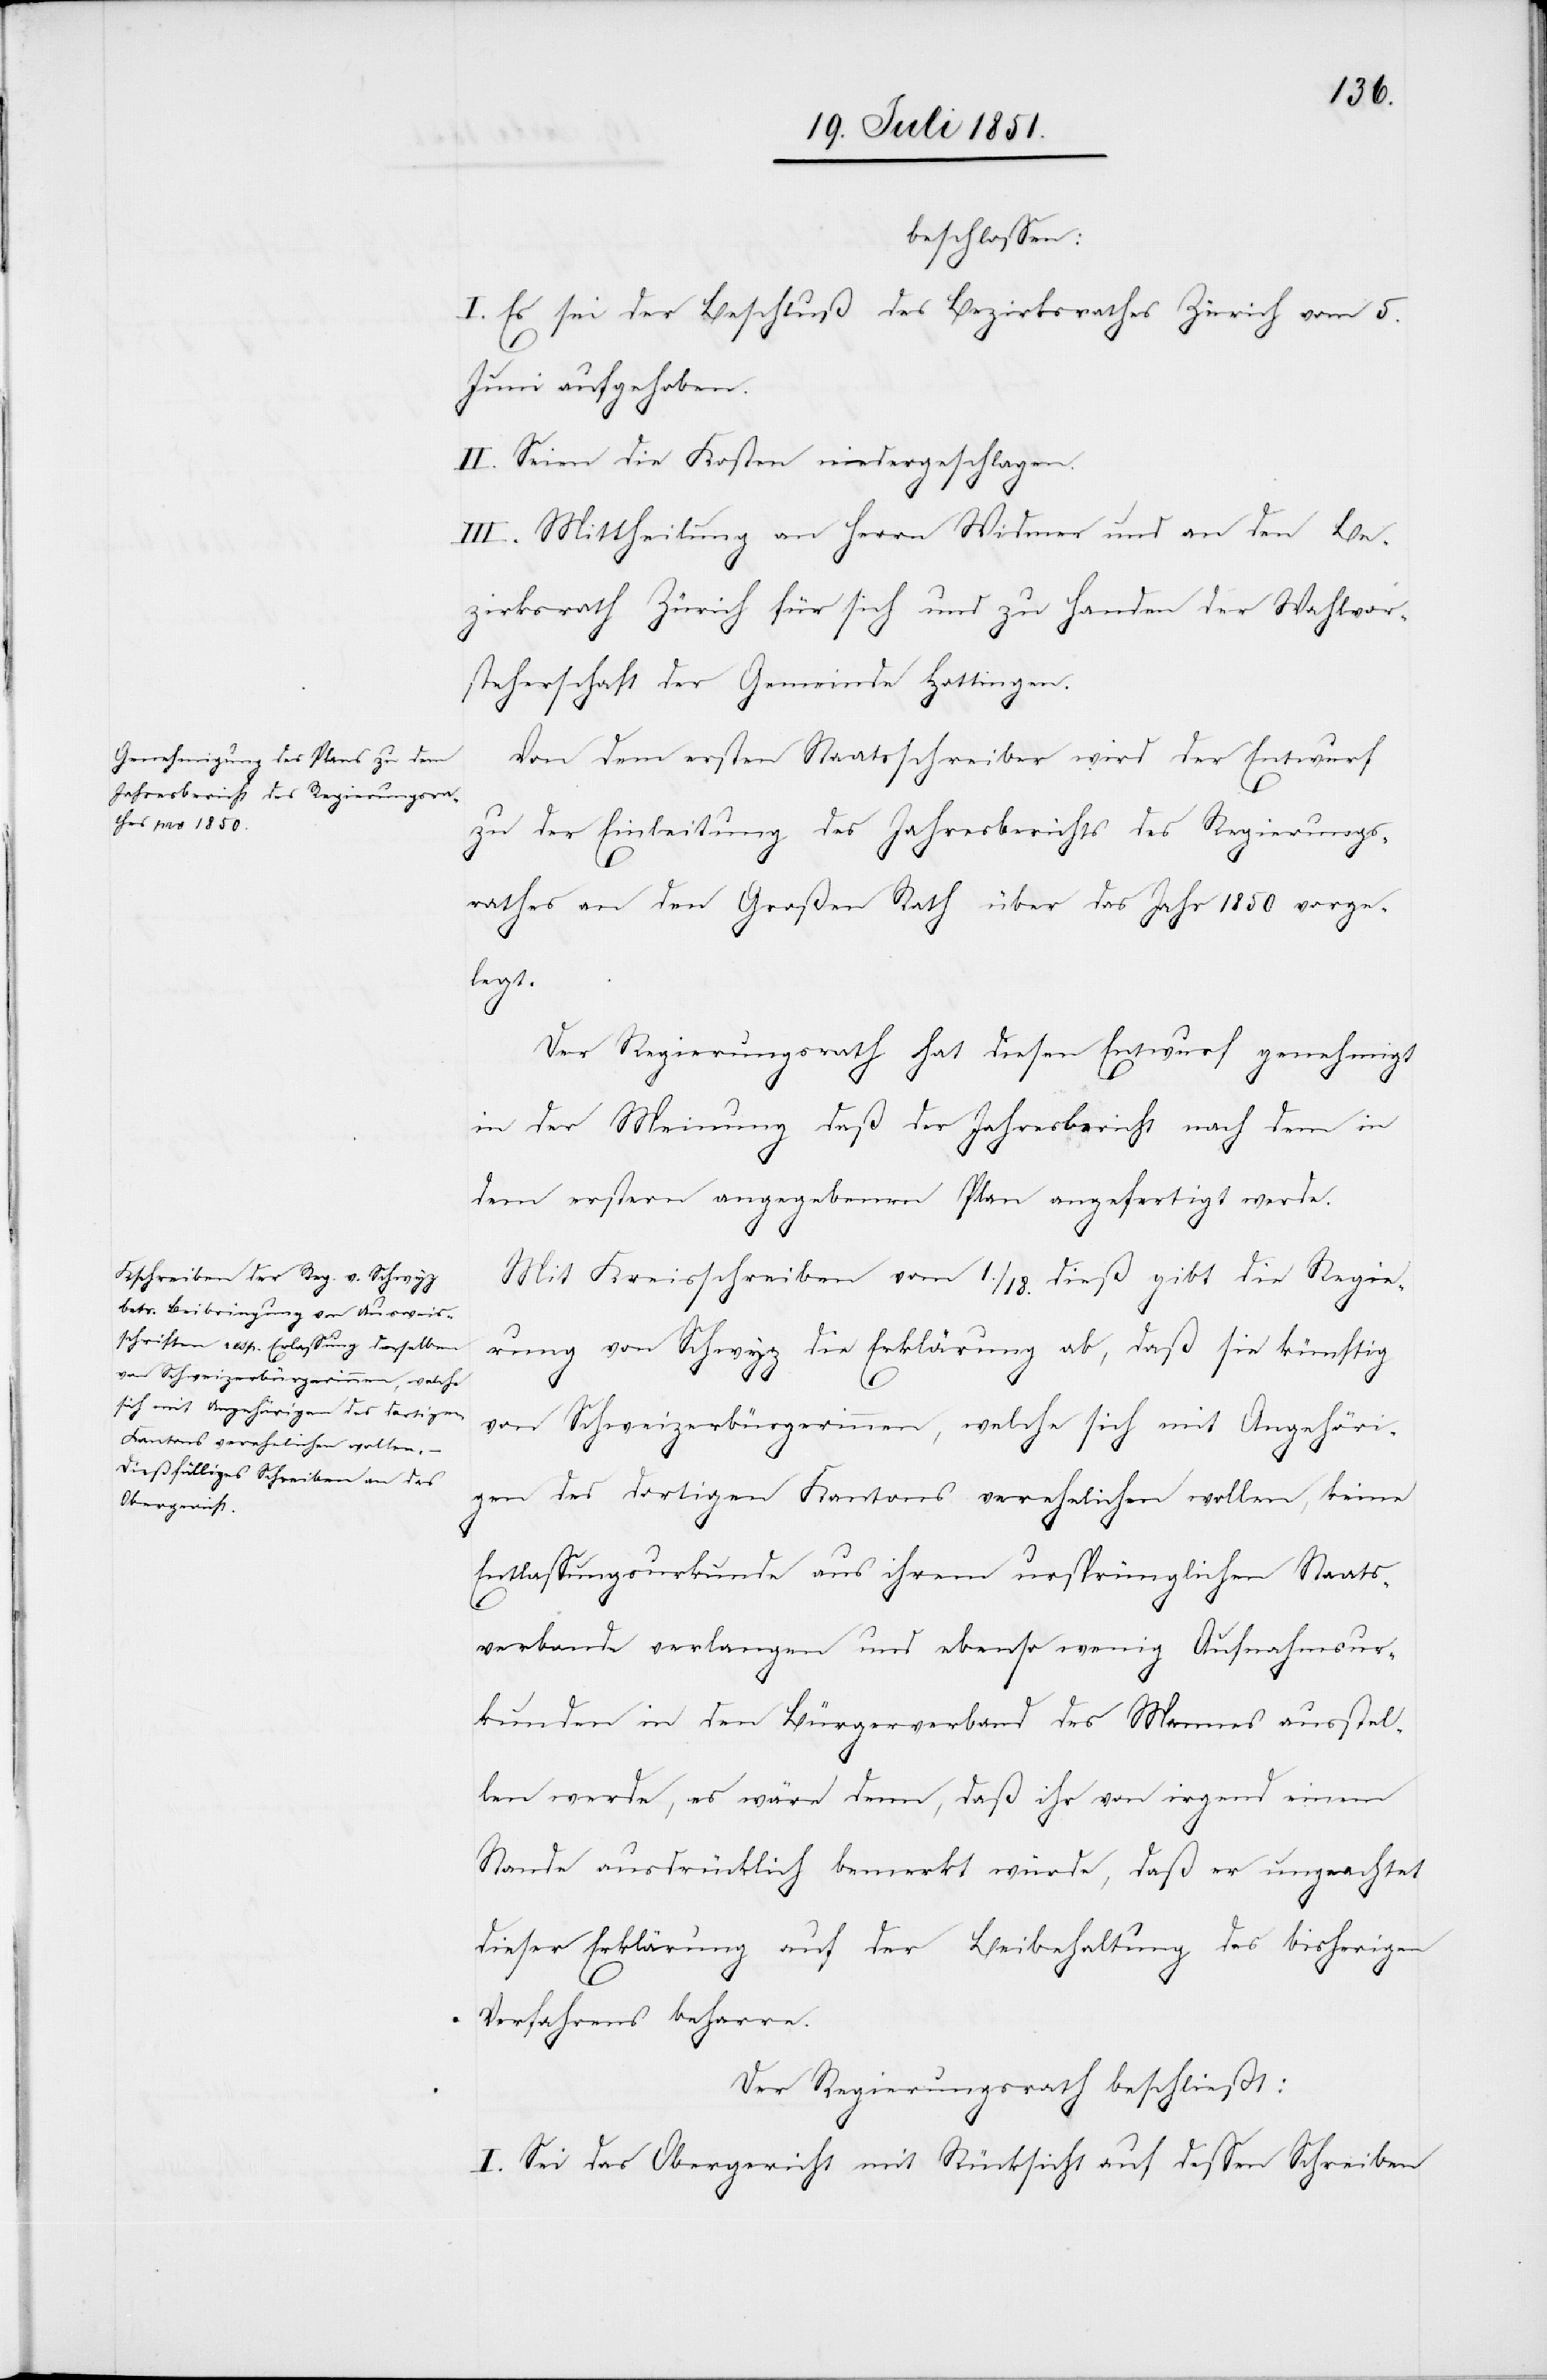
beschlossen:
I. Es sei der Beschluß des Bezirksrathes Zürich vom 5.
Juni aufgehoben.
II. Seien die Kosten niedergeschlagen.
III. Mittheilung an Herrn Widmer und an den Be¬
zirksrath Zürich für sich und zu Handen der Wahlvor¬
steherschaft der Gemeinde Hottingen.
Von dem ersten Staatsschreiber wird der Entwurf
zu der Einleitung des Jahresberichts des Regierungs¬
rathes an den Großen Rath über das Jahr 1850 vorge¬
legt.
Der Regierungsrath hat diesen Entwurf genehmigt
in der Meinung daß der Jahresbericht nach dem in
dem erstern angegebenen Plan angefertigt werde.
Mit Kreisschreiben vom 1./18. dieß gibt die Regie¬
rung von Schwyz die Erklärung ab, daß sie künftig
von Schweizerbürgerinnen, welche sich mit Angehöri¬
gen des dortigen Kantons verehelichen wollen, keine
Entlassungsurkunde aus ihrem ursprünglichen Staats¬
verbande verlangen und ebenso wenig Aufnahmsur¬
kunden in den Bürgerverband des Mannes ausstel¬
len werde, es wäre denn, daß ihr von irgend einem
Stande ausdrücklich bemerkt würde, daß er ungeachtet
dieser Erklärung auf der Beibehaltung des bisherigen
Verfahrens beharre.
Der Regierungsrath beschließt:
I. Sei das Obergericht mit Rücksicht auf dessen Schreiben